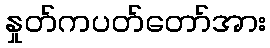
နှုတ်ကပတ်တော်အား